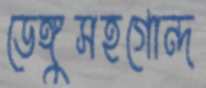
ডেঙ্গুসহগোন্দ